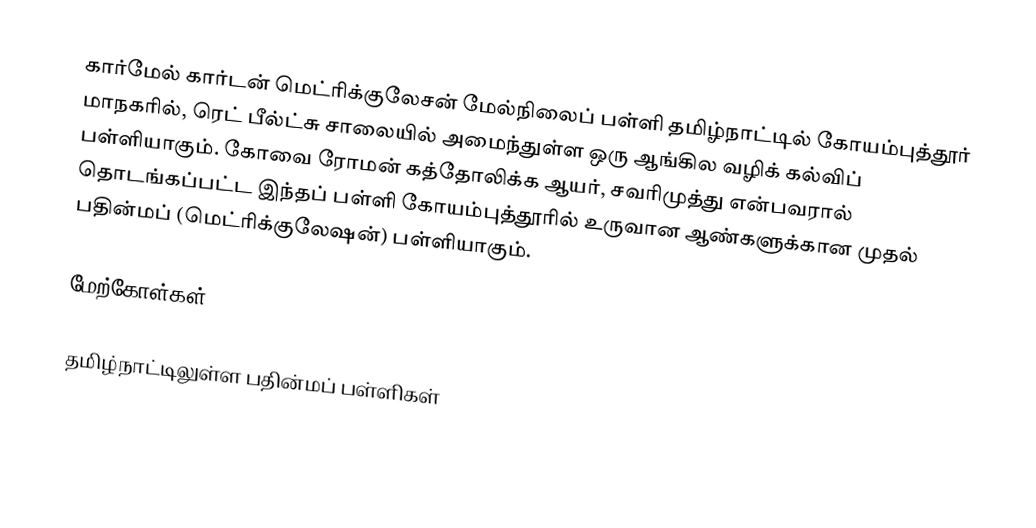
கார்மேல் கார்டன் மெட்ரிக்குலேசன் மேல்நிலைப் பள்ளி தமிழ்நாட்டில் கோயம்புத்தூர் மாநகரில், ரெட் பீல்ட்சு சாலையில் அமைந்துள்ள ஒரு ஆங்கில வழிக் கல்விப் பள்ளியாகும். கோவை ரோமன் கத்தோலிக்க ஆயர், சவரிமுத்து என்பவரால் தொடங்கப்பட்ட இந்தப் பள்ளி கோயம்புத்தூரில் உருவான ஆண்களுக்கான முதல் பதின்மப் (மெட்ரிக்குலேஷன்) பள்ளியாகும்.

மேற்கோள்கள்

தமிழ்நாட்டிலுள்ள பதின்மப் பள்ளிகள்